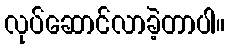
လုပ်ဆောင်လာခဲ့တာပါ။